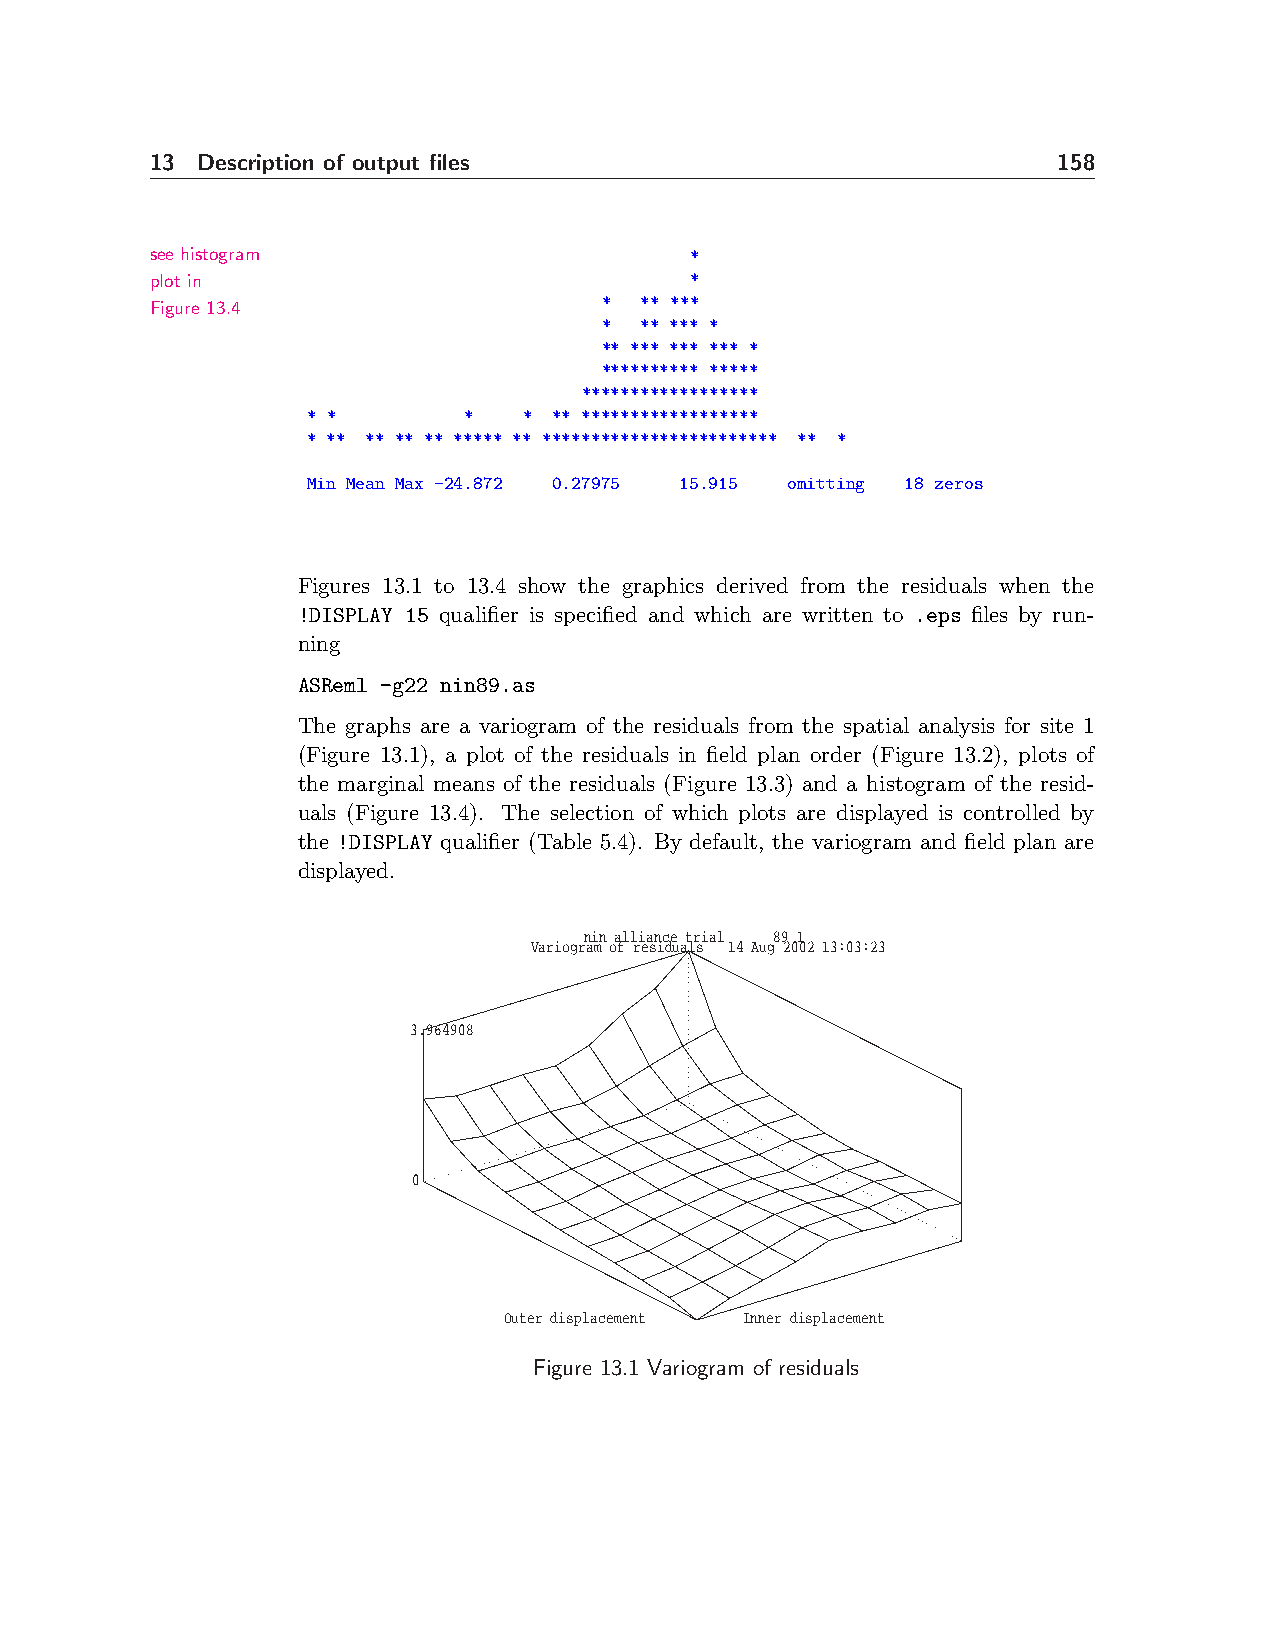
13 Description of output files                              158
 see histogram                       *
 plot in                             *
 * ** ***
 Figure 13.4
 * ** *** *
 ** *** *** *** *
 ********** *****
 ******************
 * *        *   * ** ******************
 * ** ** ** ** ***** ** ************************ ** *
 Min Mean Max -24.872 0.27975 15.915 omitting 18 zeros
 Figures 13.1 to 13.4 show the graphics derived from the residuals when the
 !DISPLAY 15 qualifier is specified and which are written to .eps files by run-
 ning
 ASReml -g22 nin89.as
 The graphs are a variogram of the residuals from the spatial analysis for site 1
 (Figure 13.1), a plot of the residuals in field plan order (Figure 13.2), plots of
 the marginal means of the residuals (Figure 13.3) and a histogram of the resid-
 uals (Figure 13.4). The selection of which plots are displayed is controlled by
 the !DISPLAY qualifier (Table 5.4). By default, the variogram and field plan are
 displayed.
 nin alliance trial 89 1
 Variogram of residuals 14 Aug 2002 13:03:23
 3.964908
 0
 Outer displacement Inner displacement
 Figure 13.1 Variogram of residuals